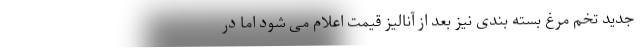
جدید تخم مرغ بسته بندی نیز بعد از آنالیز قیمت اعلام می شود اما در